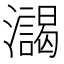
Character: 𰝯